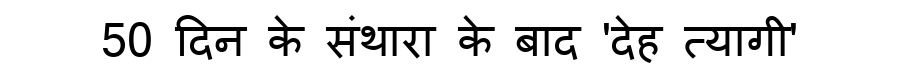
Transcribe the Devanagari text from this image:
50 दिन के संथारा के बाद 'देह त्यागी'